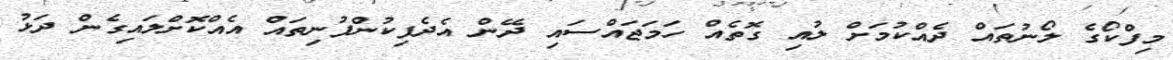
މިފްކޯގެ ލޯނުތައް ދެއްކުމަށް ލުއި ގޮތެއް ހަމަޖައްސައި ދޭން އެދެފިކުންފުނިތައް އެއްކޮށްލައިގެން ދަޅު